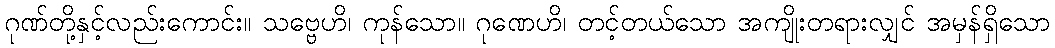
ဂုဏ်တို့နှင့်လည်းကောင်း။ သဗ္ဗေဟိ၊ ကုန်သော။ ဂုဏေဟိ၊ တင့်တယ်သော အကျိုးတရားလျှင် အမှန်ရှိသော